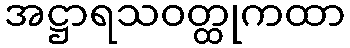
အဋ္ဌာရသဝတ္ထုကထာ